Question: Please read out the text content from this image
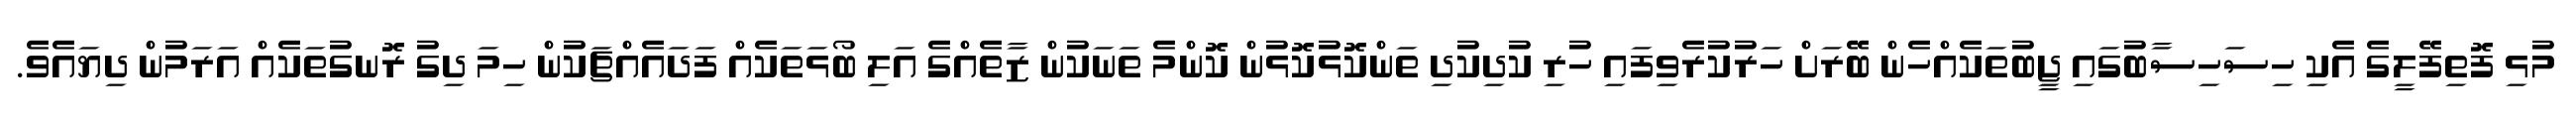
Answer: މުޅި ފޮތިފޭލީގެ އެކި ހިސަހިސާބުގައި ޖީބުތަކެއްހެން ބޭރަށް ހަރުކުރެވިފައި ހުރި ކުދިކުދި ތަންކޮޅުކޮޅުން ކޮންމެ ތަނަކުން ޒާތެއްގެ އަލި ބޯޅަތަކެއް ފަދައެއްޗަކުން ހިމަ ދިގު ރޮނގުތަކެއް އަރަމުން ދިޔައެވެ.